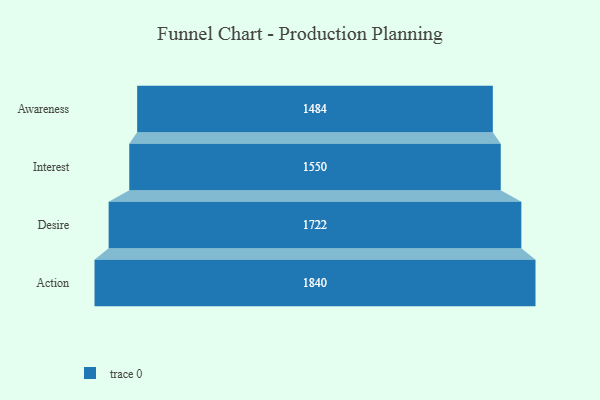
{"axis": {"x": "Stage", "y": "Value"}, "legend": [""], "data": [{"x": "Awareness", "y": 1484.0, "type": ""}, {"x": "Interest", "y": 1550.0, "type": ""}, {"x": "Desire", "y": 1722.0, "type": ""}, {"x": "Action", "y": 1840.0, "type": ""}]}